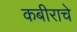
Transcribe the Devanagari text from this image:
कबीराचे